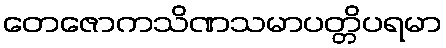
တေဇောကသိဏသမာပတ္တိပရမာ